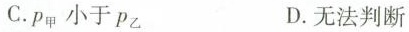
C.P_{甲} 小于P_{乙} D.无法判断